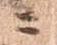
ニ